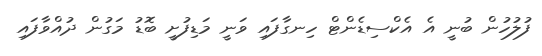
ފުލުހުން ބުނީ އެ އެކްސިޑެންޓް ހިނގާފައި ވަނީ މަޑިފުށީ ބޮޑު މަގުން ދުއްވާފައި